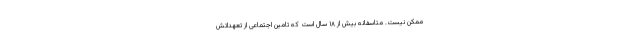
ممکن نیست. متاسفانه بیش از ۱۸ سال است که تامین اجتماعی از تعهداتش